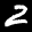
Label: 2